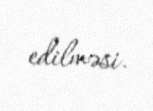
edilməsi.